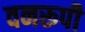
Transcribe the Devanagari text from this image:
वनरूपी